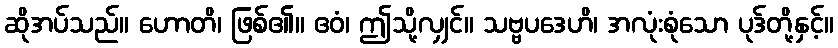
ဆိုအပ်သည်။ ဟောတိ၊ ဖြစ်၏။ ဧဝံ၊ ဤသို့လျှင်။ သဗ္ဗပဒေဟိ၊ အလုံးစုံသော ပုဒ်တို့နှင့်။